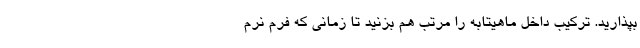
بپذارید. ترکیب داخل ماهیتابه را مرتب هم بزنید تا زمانی که فرم نرم